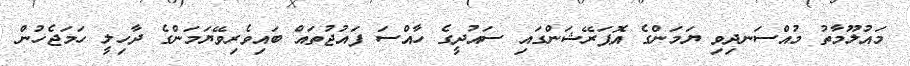
މައުލޫމާތު މުއްސަނދިވި ޔަމަންގެ އޮޕަރޭޝަންގައި ސައުދީގެ ހާއްސަ ފައުޖުތައް ބައިވެރިވޭޔަމަންގެ ދާހިލީ ހަމަޖެހުން